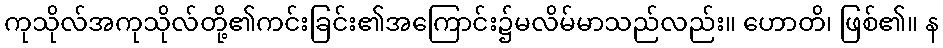
ကုသိုလ်အကုသိုလ်တို့၏ကင်းခြင်း၏အကြောင်း၌မလိမ်မာသည်လည်း။ ဟောတိ၊ ဖြစ်၏။ န